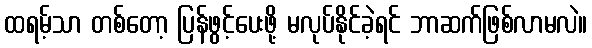
ထရမ့်သာ တစ်တော့ ပြန်ဖွင့်ပေးဖို့ မလုပ်နိုင်ခဲ့ရင် ဘာဆက်ဖြစ်လာမလဲ။